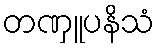
တဏှူပနိသံ